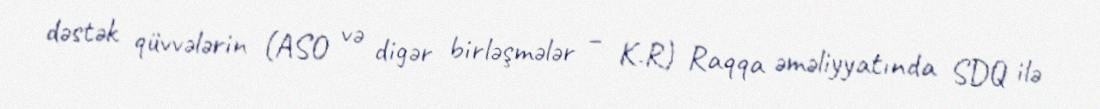
dəstək qüvvələrin (ASO və digər birləşmələr – K.R) Raqqa əməliyyatında SDQ ilə